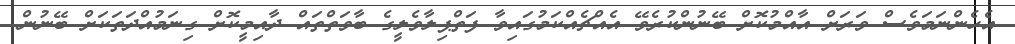
އެހެންނަމަވެސް ވަރަށް އާއްމުކޮށް ބޭނުންކުރެވޭ އެއްޗެއްކަމުގައިވާ ފަތްޕިލާވެލީގެ ބާވަތްތައް ދާއިމީކޮށް ގިނަމުއްދަތަކަށް ބޭނުން